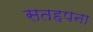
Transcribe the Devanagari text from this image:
सतहपना